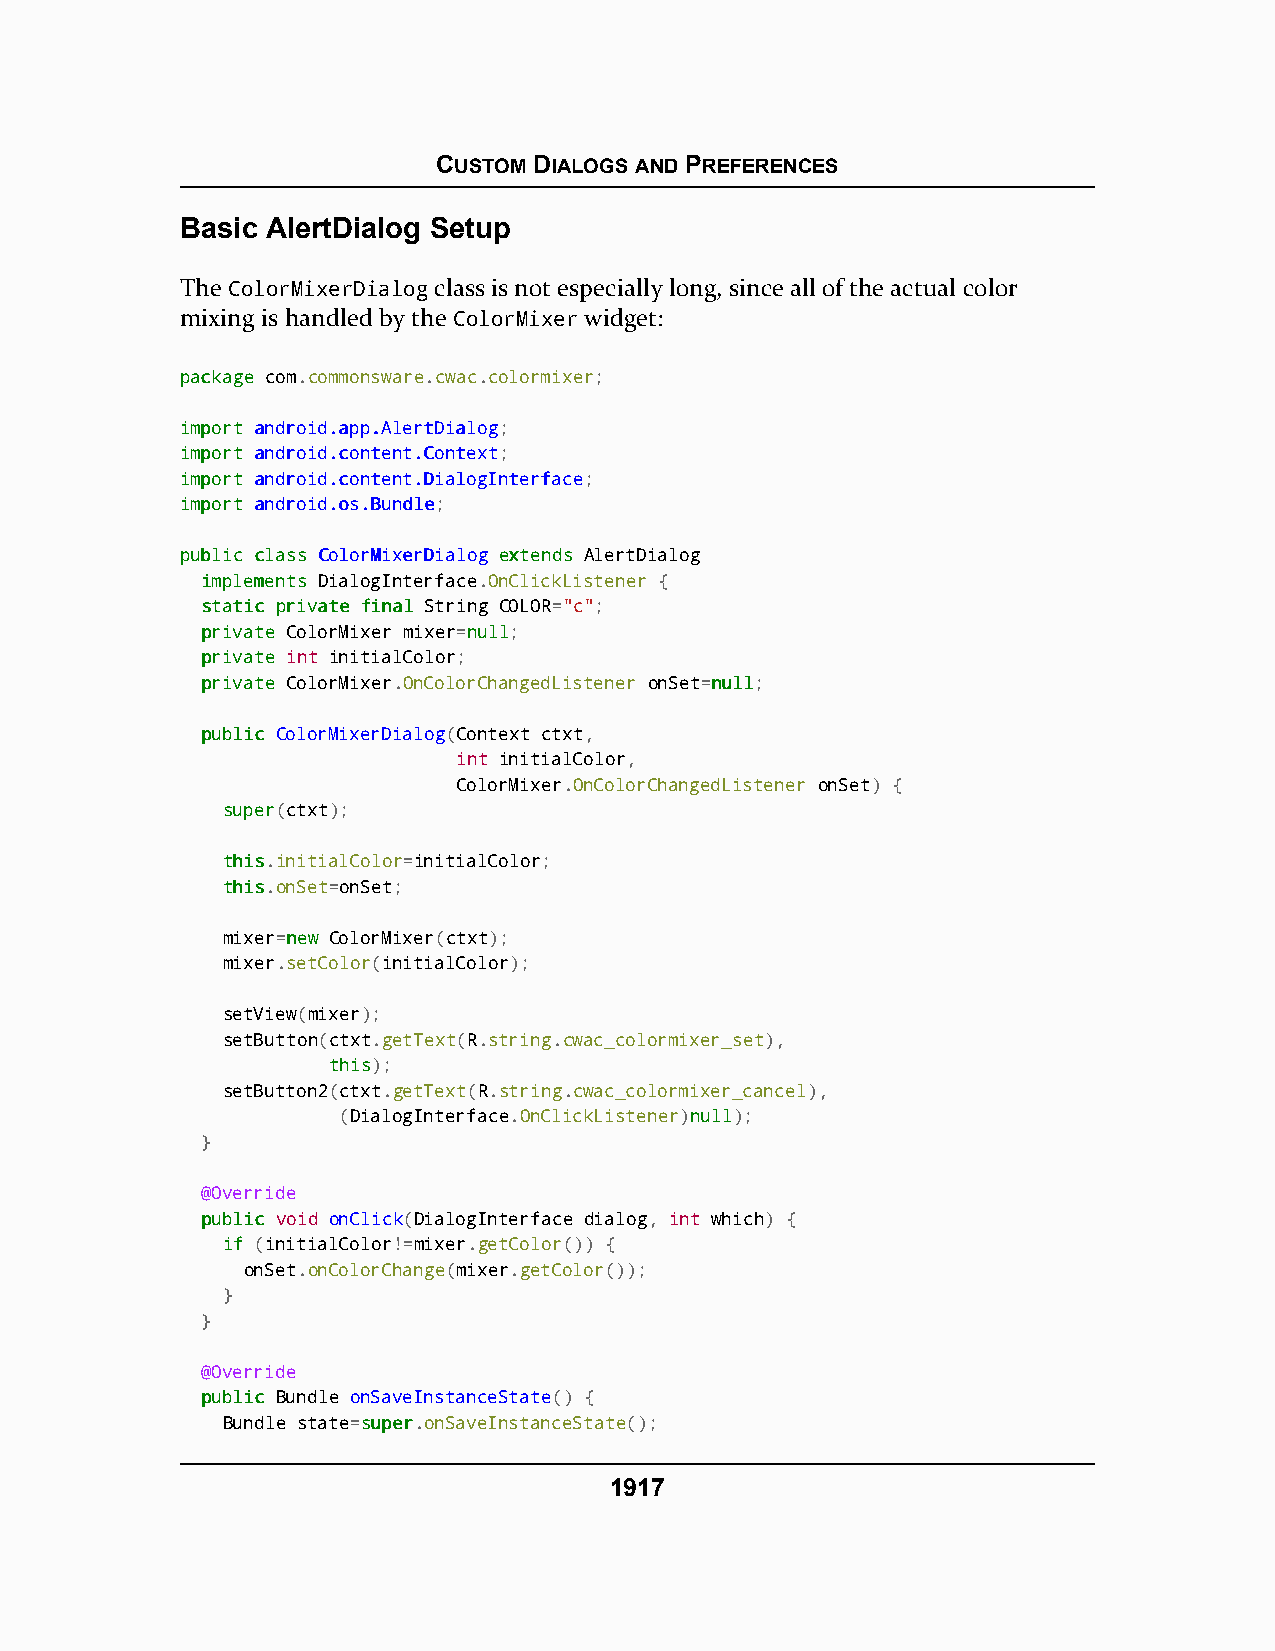
CUSTOM DIALOGS AND PREFERENCES
 Basic AlertDialog Setup
 The ColorMixerDialog class is not especially long, since all of the actual color
 mixing is handled by the ColorMixer widget:
 ppaacckkaaggee com.commonsware.cwac.colormixer;
 iimmppoorrtt aannddrrooiidd..aapppp..AAlleerrttDDiiaalloogg;
 iimmppoorrtt aannddrrooiidd..ccoonntteenntt..CCoonntteexxtt;
 iimmppoorrtt aannddrrooiidd..ccoonntteenntt..DDiiaallooggIInntteerrffaaccee;
 iimmppoorrtt aannddrrooiidd..ooss..BBuunnddllee;
 ppuubblliicc ccllaassss CCoolloorrMMiixxeerrDDiiaalloogg eexxtteennddss AlertDialog
 iimmpplleemmeennttss DialogInterface.OnClickListener {
 ssttaattiicc pprriivvaattee ffiinnaall String COLOR="c";
 pprriivvaattee ColorMixer mixer=nnuullll;
 pprriivvaattee int initialColor;
 pprriivvaattee ColorMixer.OnColorChangedListener onSet=nnuullll;
 ppuubblliicc ColorMixerDialog(Context ctxt,
 int initialColor,
 ColorMixer.OnColorChangedListener onSet) {
 ssuuppeerr(ctxt);
 tthhiiss.initialColor=initialColor;
 tthhiiss.onSet=onSet;
 mixer=nneeww ColorMixer(ctxt);
 mixer.setColor(initialColor);
 setView(mixer);
 setButton(ctxt.getText(R.string.cwac_colormixer_set),
 tthhiiss);
 setButton2(ctxt.getText(R.string.cwac_colormixer_cancel),
 (DialogInterface.OnClickListener)nnuullll);
 }
 @Override
 ppuubblliicc void onClick(DialogInterface dialog, int which) {
 iiff (initialColor!=mixer.getColor()) {
 onSet.onColorChange(mixer.getColor());
 }
 }
 @Override
 ppuubblliicc Bundle onSaveInstanceState() {
 Bundle state=ssuuppeerr.onSaveInstanceState();
 1917